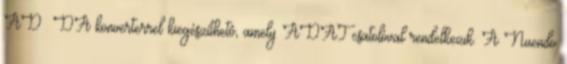
AD DA konverterrel kiegészíthetô, amely ADAT csatolóval rendelkezik. A Nuendo